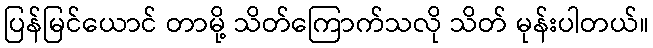
ပြန်မြင်ယောင် တာမို့ သိတ်ကြောက်သလို သိတ် မုန်းပါတယ်။